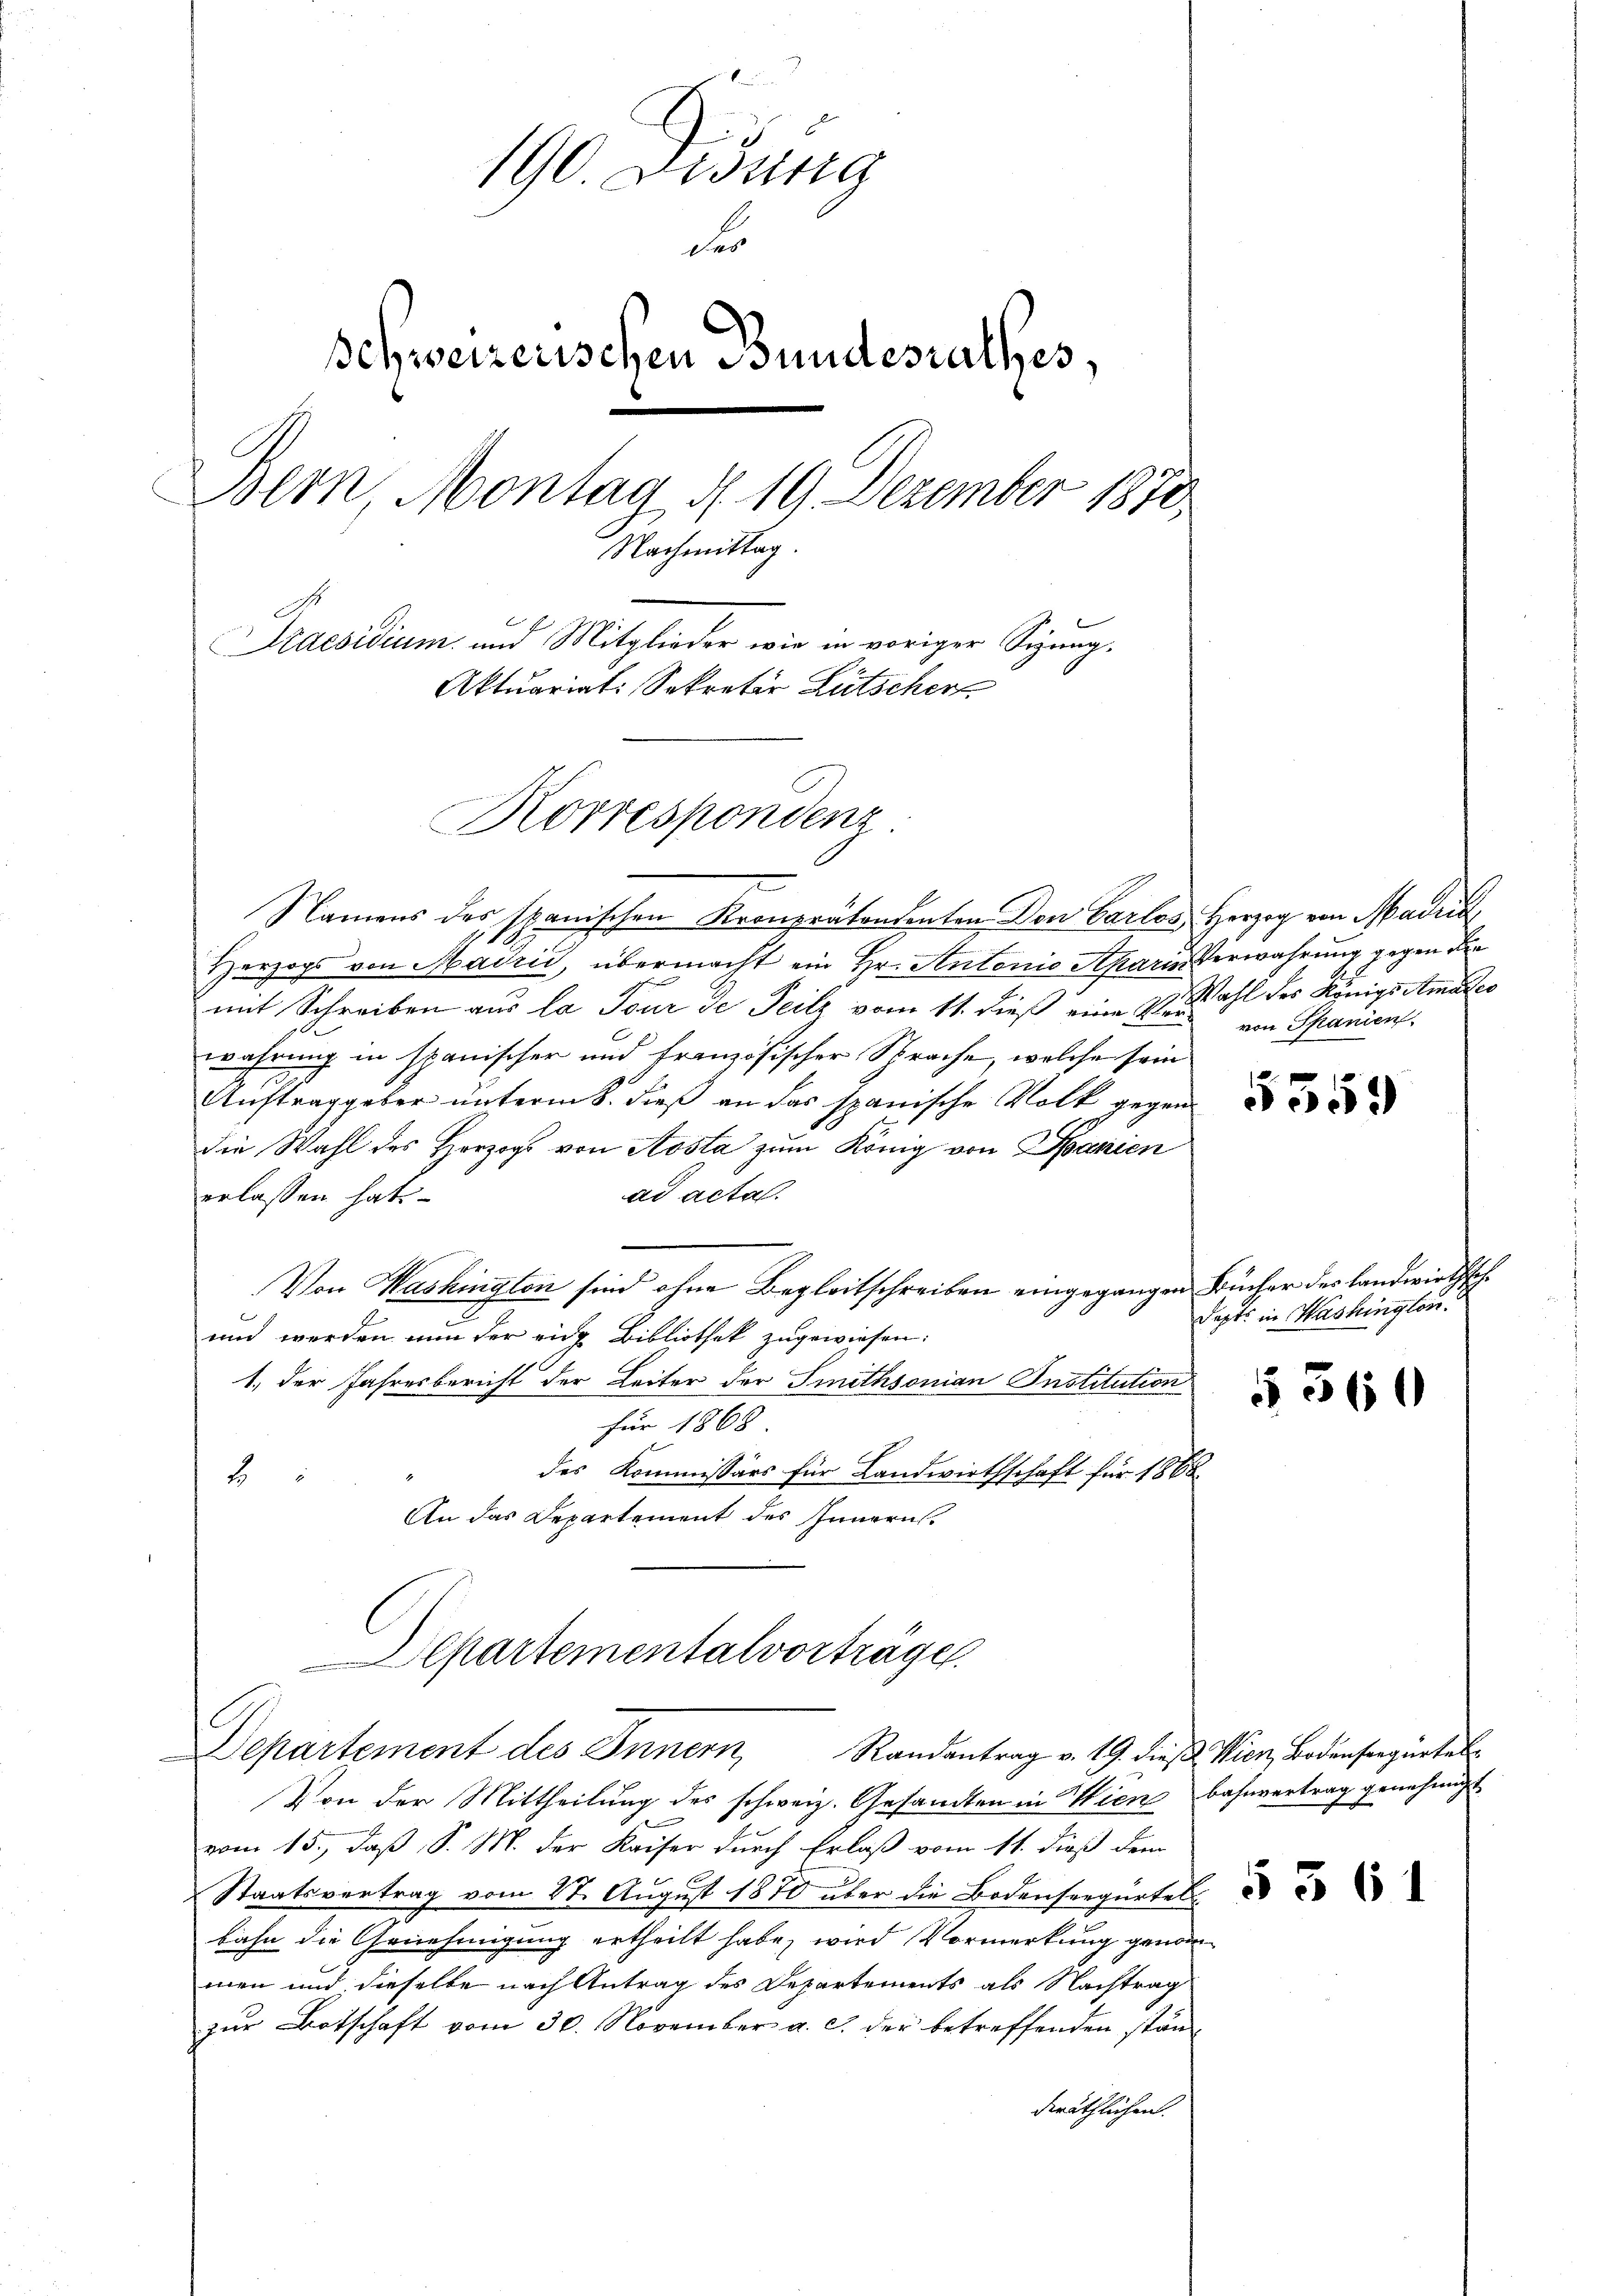
190. Lesung
Fr
schweizerischen Bundesrathes,
Bern, Montag d. 19. Dezember 1870
mittag
Mache
Praesidium und Mitglieder wir in voriger Sigung,
Aktuariat. Sekretär Lütscher

Korrespondenz

Namens des spanischen Kronprätendenten Don Barlos, Herzog von Madria
Herzogs von Madrić, übermacht ein Hr. Antonio Aparin Verwahrung gegen die
mit Schreiben aus la Tour de Teilz vom 11. dieß eine Zahl des Königs Amades
wahrung in spanischer und französischer Sprache, welche sein
Auftraggeber unterm 8. dieß an das spanische Volk gegen
die Wahl des Herzogs von Aosta zum König von Spanien
ad acta.
erlassen hat.
Von Washington sind ohne Begleitschreiben eingegangen Bücher des Landwirthsch¬
und werden nun der eine Bibliothek zugewiesen:
1.) Der Jahresbericht der Leiter der Smithsonian Institution
für 1868
des Kommissärs für Landwirthschaft für 1868
2
An das Departement des Innern.
Departementalvorträge.
Departement des Innern, Randantrag v. 19. dieß. Wien, Bodenseegürtel
Von der Mittheilung des schweiz. Gesandten in Wien Bahnvertrag genehmigt
vom 15., daß S. M. der Kaiser durch Erlaß vom 11. dieß dem
Staatsvertrag vom 28. August 1870 über die Bodenseegertes
bahn die Genehmigung ertheilt habe, wird Vormerkung genommen und dieselbe nach Antrag des Departements als Nachtrag
zur Botschaft vom 30. November a. c. der betreffenden ständeräthlichen.

von Spanien

5359

depts in Washington

§ 560